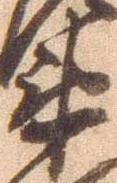
衛